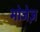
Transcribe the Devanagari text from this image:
मोजेज़